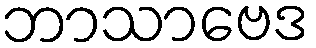
ဘာသာဗေဒ